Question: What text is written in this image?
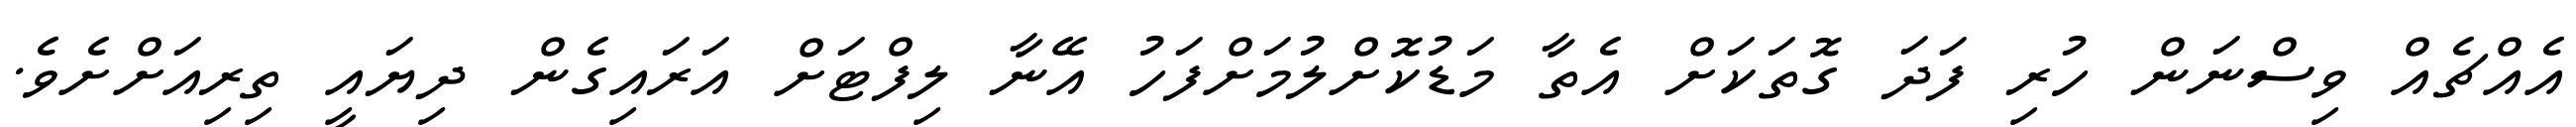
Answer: އެއްޗެއް ވިސްނަން ހުރި ފަދަ ގޮތަކަށް އެތާ މަޑުކޮށްލުމަށްފަހު އޭނާ ލިފްޓަށް އަރައިގެން ދިޔައީ ތިރިއަށްށެވެ.